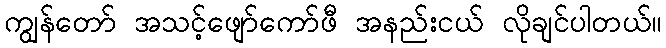
ကျွန်တော် အသင့်ဖျော်ကော်ဖီ အနည်းငယ် လိုချင်ပါတယ်။